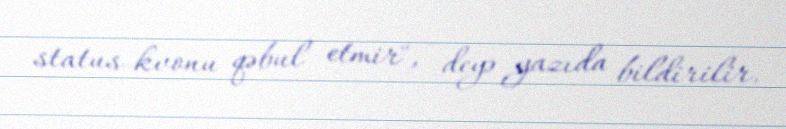
status-kvonu qəbul etmir", - deyə yazıda bildirilir.